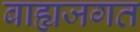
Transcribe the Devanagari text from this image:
बाह्यजगत